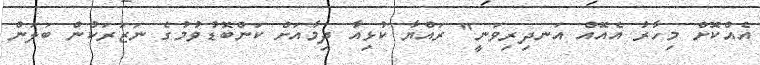
އެއްކޮށް މިހާރު އެއޮއް އަނދިރިވަނީ" ރައްޔާ ކުޅިއާ ދިމާއަށް ކަންބޮޑުވުމުގެ ނަޒަރަކުން ބަލަން